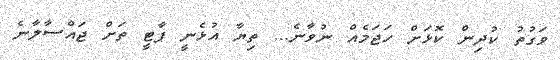
ވަގުތު ކުދިން ކޮޅަށް ހަޖަމެއް ނުވާނެ... ތިޔާ އުޅެނީ ޕާޓީ ތަށް ޖައްސާލާނެ